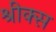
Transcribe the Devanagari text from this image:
श्रीक्स